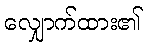
လျှောက်ထား၏